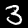
Digit: 3